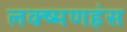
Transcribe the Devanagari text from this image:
लक्ष्मणहंस